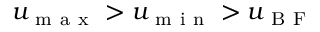
u _ { \mathrm { ~ m ~ a ~ x ~ } } > u _ { \mathrm { ~ m ~ i ~ n ~ } } > u _ { \mathrm { ~ B ~ F ~ } }